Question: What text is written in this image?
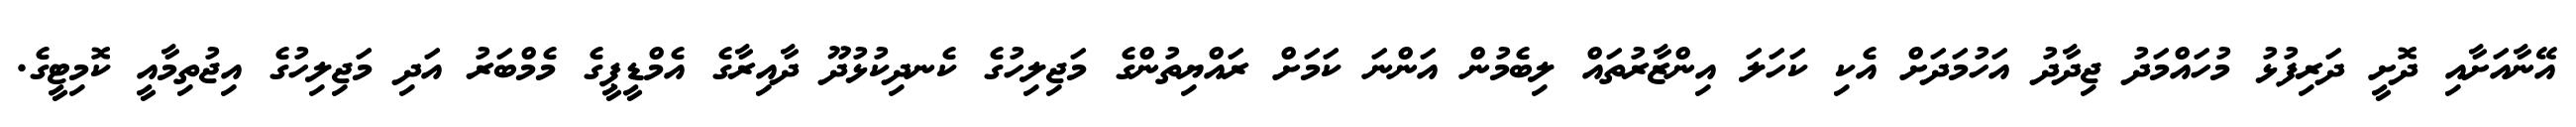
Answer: އޭނާއަށާއި ދޮށީ ދަރިފުޅު މުހައްމަދު ޖިދާދު އަހުމަދަށް އެކި ކަހަލަ އިންޒާރުތައް ލިބެމުން އަންނަ ކަމަށް ރައްޔިތުންގެ މަޖިލިހުގެ ކެނދިކުޅުދޫ ދާއިރާގެ އެމްޑީޕީގެ މެމްބަރު އަދި މަޖިލިހުގެ އިޖުތިމާއީ ކޮމިޓީގެ.